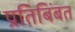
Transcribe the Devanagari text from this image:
प्रतिबिंबत